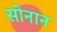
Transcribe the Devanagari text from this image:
सोनान